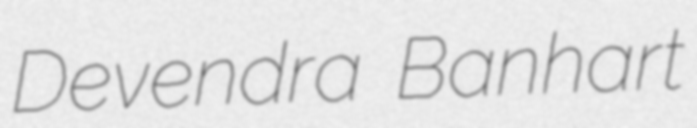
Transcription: Devendra Banhart